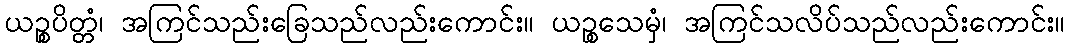
ယဉ္စပိတ္တံ၊ အကြင်သည်းခြေသည်လည်းကောင်း။ ယဉ္စသေမှံ၊ အကြင်သလိပ်သည်လည်းကောင်း။